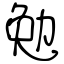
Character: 勉